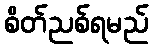
စိတ်ညစ်ရမည်